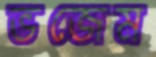
ভজেম